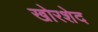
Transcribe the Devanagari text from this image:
खोरशेद